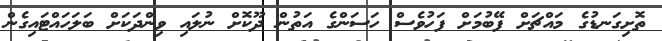
ތޮށިގަނޑުގެ މައްޗަށް ފޭބުމަށް ފަހުވެސް ހަސަންގެ އަތުން ދޫކޮށް ނުލައި ވިންދަކަށް ބަލަހައްޓައިގެން